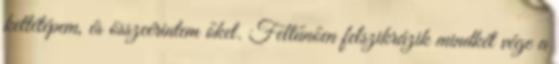
kettétépem, és összeérintem őket. Feltűnően felszikrázik mindkét vége a